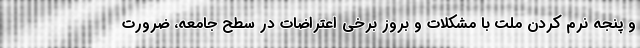
و پنجه نرم کردن ملت با مشکلات و بروز برخی اعتراضات در سطح جامعه، ضرورت